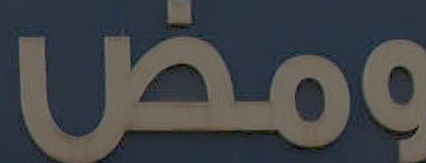
ومض